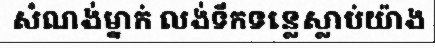
សំណង់ម្នាក់ លង់ទឹកទន្លេស្លាប់យ៉ាង